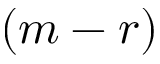
( m - r )